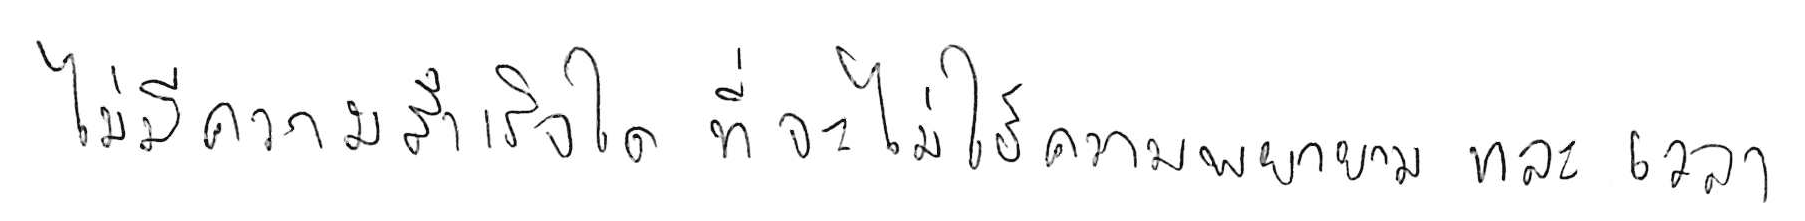
ไม่มีความสำเร็จใด ที่จะไม่ใช้ความพยายามและเวลา